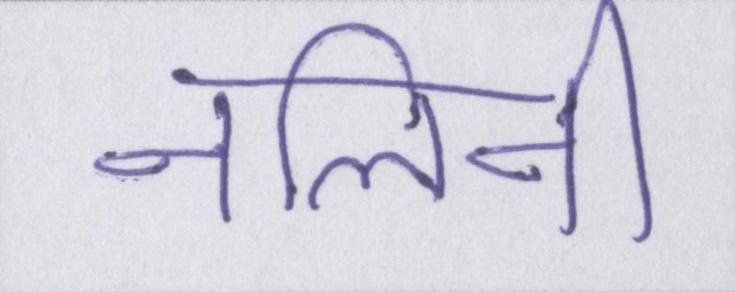
नलिनी